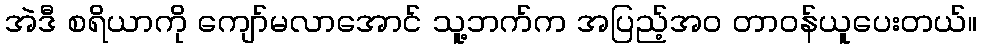
အဲဒီ စရိယာကို ကျော်မလာအောင် သူ့ဘက်က အပြည့်အဝ တာဝန်ယူပေးတယ်။